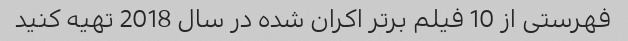
فهرستی از 10 فیلم برتر اکران شده در سال 2018 تهیه کنید